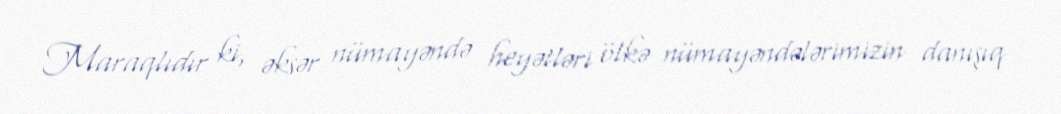
Maraqlıdır ki, əksər nümayəndə heyətləri ölkə nümayəndələrimizin danışıq